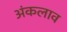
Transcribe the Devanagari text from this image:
अंकलाव